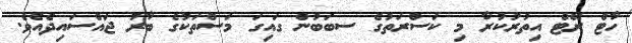
ހާޓް ރޭޓް އިތުރުކުރާ މި ކަސްރަތުގެ ސބަބުން ގައިގަ މަސްތަކުގެ ބާރު ޖައްސައިދެއެވެ.